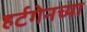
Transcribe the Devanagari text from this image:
हर्टगेनच्या